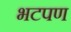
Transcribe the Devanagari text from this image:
भटपण